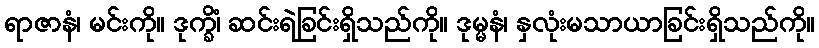
ရာဇာနံ၊ မင်းကို။ ဒုက္ခိံ၊ ဆင်းရဲခြင်းရှိသည်ကို။ ဒုမ္မနံ၊ နှလုံးမသာယာခြင်းရှိသည်ကို။